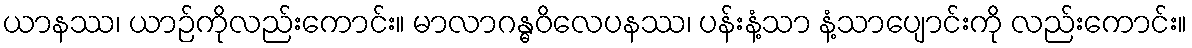
ယာနဿ၊ ယာဉ်ကိုလည်းကောင်း။ မာလာဂန္ဓဝိလေပနဿ၊ ပန်းနံ့သာ နံ့သာပျောင်းကို လည်းကောင်း။